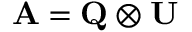
\mathbf { A } = \mathbf { Q } \otimes \mathbf { U }